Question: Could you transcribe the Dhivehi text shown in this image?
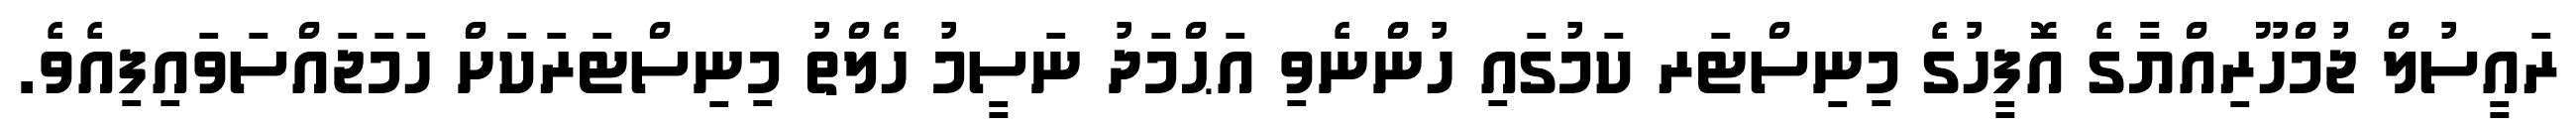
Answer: ރައީސުލް ޖުމްހޫރިއްޔާގެ އޮފީހުގެ މިނިސްޓަރ ކަމުގައި ހުންނެވި އަޙްމަދު ނަސީމު ހެލްތު މިނިސްޓަރަކަށް ހަމަޖައްސަވައިފިއެވެ.